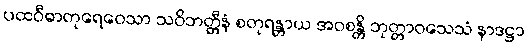
ပထဝီဓာတုရေဝေသာ သဝိဘတ္တီနံ စတုရန္တာယ အဝစန္တိ ဘုတ္တာဝသေသံ နာဒဋ္ဌာ